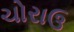
ચોરાઉ